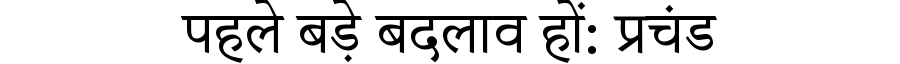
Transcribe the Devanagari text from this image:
पहले बड़े बदलाव हों: प्रचंड